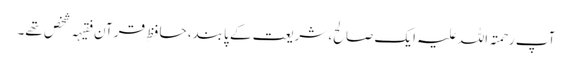
آپ رحمتہ اللہ علیہ ایک صالح، شریعت کے پابند، حافظِ قرآن فقیہہ شخص تھے۔